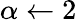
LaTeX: \alpha\gets 2